Mental hospitals Bombay report 1929-33 - 1929-1933
Year: 1929
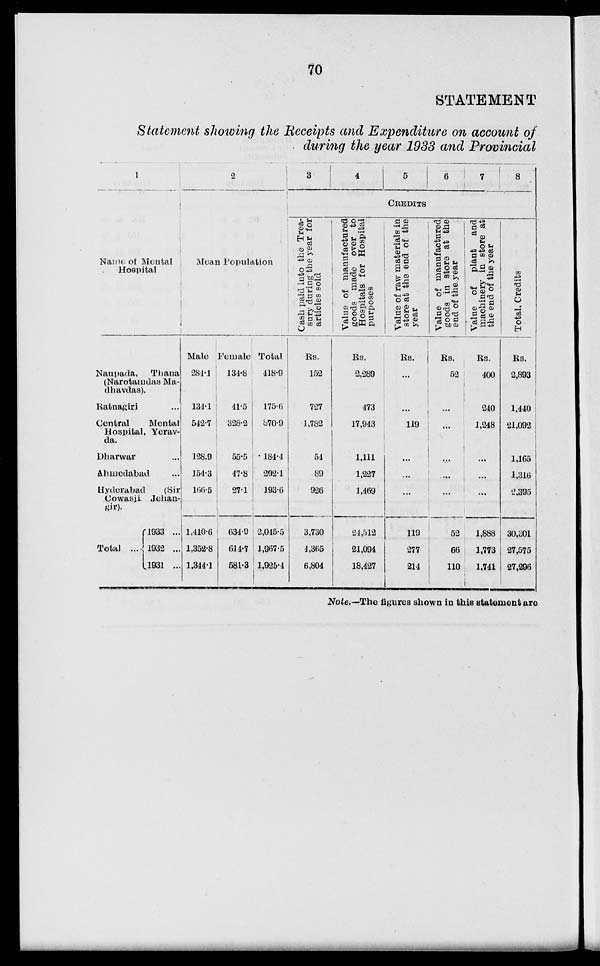
70
STATEMENT
Statement showing the Receipts and Expenditure on account of
during the year 1933 and Provincial
1
Name of Mental
Hospital
Naupada,
Thana
(Narotamdas Ma-
dhavdas).
Ratnagiri ...
Central
Mental
Hospital, Yerav-
da.
Dharwar ...
Ahmedabad ...
Hyderabad
(Sir
Cowasji Jehan-
gir).
Total ...
1933 ...
1932 ...
1931 ...
2
Mean Population
Male
284.1
134.1
542.7
128.9
154.3
166.5
1,410.6
1,352.8
1,344.1
Female
134.8
41.5
328.2
55.5
47.8
27.1
634.9
614.7
581.3
Total
418.9
175.6
870.9
184.4
202.1
193.6
2,045.5
1,967.5
1,925.4
3
4
5
6
7
8
CREDITS
Cash paid into the Trea-
sury during the year for
articles sold
Rs.
152
727
1,782
54
89
926
3,730
4,365
6,804
Value of manufactured
goods made over to
Hospitals for Hospital
purposes
Rs.
2,289
473
17,943
1,111
1,227
1,469
24,512
21,094
18,427
Value of raw materials in
store at the end of the
year
Rs.
...
...
119
...
...
...
119
277
214
Value of manufactured
goods in store at the
end of the year
Rs.
52
...
...
...
...
...
52
66
110
Value of
plant and
machinery in store at
the end of the year
Rs.
400
240
1,248
...
...
...
1,888
1,773
1,741
Total, Credits
Rs.
2,893
1,440
21,092
1,165
1,316
2,395
30,301
27,575
27,296
Note.—The figures shown in this statement are